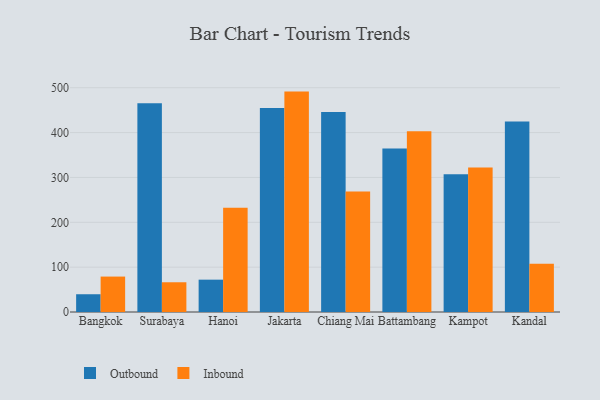
{"axis": {"x": "City", "y": "Gross Profit (USD K)"}, "legend": ["Inbound", "Outbound"], "data": [{"x": "Bangkok", "y": 39.6, "type": "Outbound"}, {"x": "Bangkok", "y": 79.0, "type": "Inbound"}, {"x": "Surabaya", "y": 465.5, "type": "Outbound"}, {"x": "Surabaya", "y": 66.3, "type": "Inbound"}, {"x": "Hanoi", "y": 72.1, "type": "Outbound"}, {"x": "Hanoi", "y": 232.3, "type": "Inbound"}, {"x": "Jakarta", "y": 455.0, "type": "Outbound"}, {"x": "Jakarta", "y": 491.4, "type": "Inbound"}, {"x": "Chiang Mai", "y": 445.7, "type": "Outbound"}, {"x": "Chiang Mai", "y": 268.7, "type": "Inbound"}, {"x": "Battambang", "y": 364.5, "type": "Outbound"}, {"x": "Battambang", "y": 403.1, "type": "Inbound"}, {"x": "Kampot", "y": 307.3, "type": "Outbound"}, {"x": "Kampot", "y": 321.9, "type": "Inbound"}, {"x": "Kandal", "y": 424.9, "type": "Outbound"}, {"x": "Kandal", "y": 107.3, "type": "Inbound"}]}